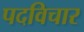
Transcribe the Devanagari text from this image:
पदविचार